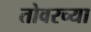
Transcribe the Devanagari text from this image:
तोवरच्या